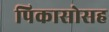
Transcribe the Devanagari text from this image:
पिकासोसह